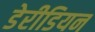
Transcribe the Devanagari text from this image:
डेरीडियन